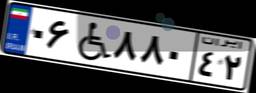
۰۶W۸۸۰۴۲